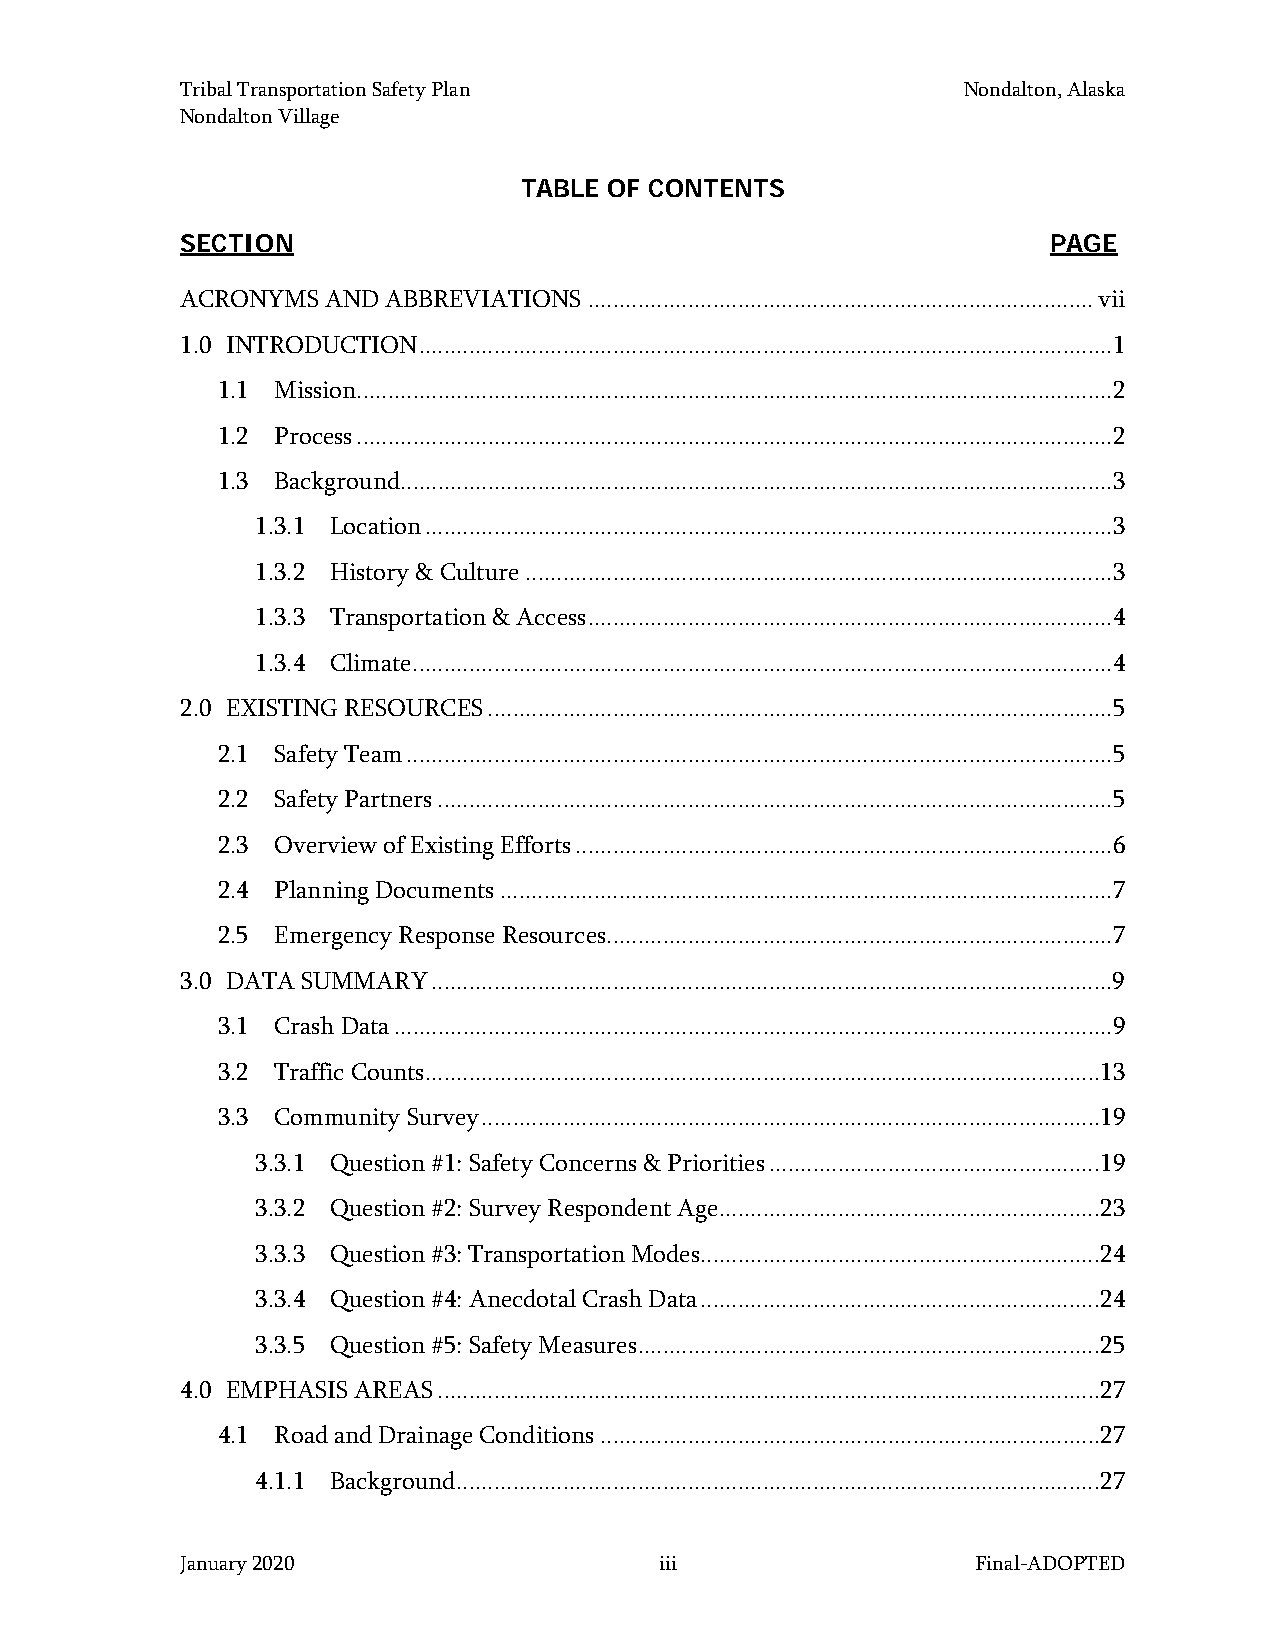
Tribal Transportation Safety Plan                   Nondalton, Alaska
 Nondalton Village
 TABLE OF CONTENTS
 SECTION                                                   PAGE
 ACRONYMS  AND ABBREVIATIONS ................................................................................. vii
 1.0 INTRODUCTION ...............................................................................................................1
 1.1 Mission .........................................................................................................................2
 1.2 Process .........................................................................................................................2
 1.3 Background..................................................................................................................3
 1.3.1 Location ..............................................................................................................3
 1.3.2 History & Culture ..............................................................................................3
 1.3.3 Transportation & Access ....................................................................................4
 1.3.4 Climate ................................................................................................................4
 2.0 EXISTING RESOURCES ....................................................................................................5
 2.1 Safety Team .................................................................................................................5
 2.2 Safety Partners ............................................................................................................5
 2.3 Overview of Existing Efforts ......................................................................................6
 2.4 Planning Documents ..................................................................................................7
 2.5 Emergency Response Resources .................................................................................7
 3.0 DATA SUMMARY .............................................................................................................9
 3.1 Crash Data ...................................................................................................................9
 3.2 Traffic Counts ............................................................................................................13
 3.3 Community Survey ...................................................................................................19
 3.3.1 Question #1: Safety Concerns & Priorities .....................................................19
 3.3.2 Question #2: Survey Respondent Age .............................................................23
 3.3.3 Question #3: Transportation Modes ................................................................24
 3.3.4 Question #4: Anecdotal Crash Data ................................................................24
 3.3.5 Question #5: Safety Measures ..........................................................................25
 4.0 EMPHASIS AREAS ..........................................................................................................27
 4.1 Road and Drainage Conditions ................................................................................27
 4.1.1 Background .......................................................................................................27
 January 2020                    iii                  Final-ADOPTED